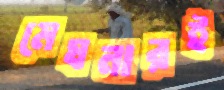
মেঘনারই